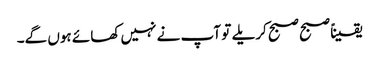
یقیناً صبح صبح کریلے تو آپ نے نہیں کھائے ہوں گے۔